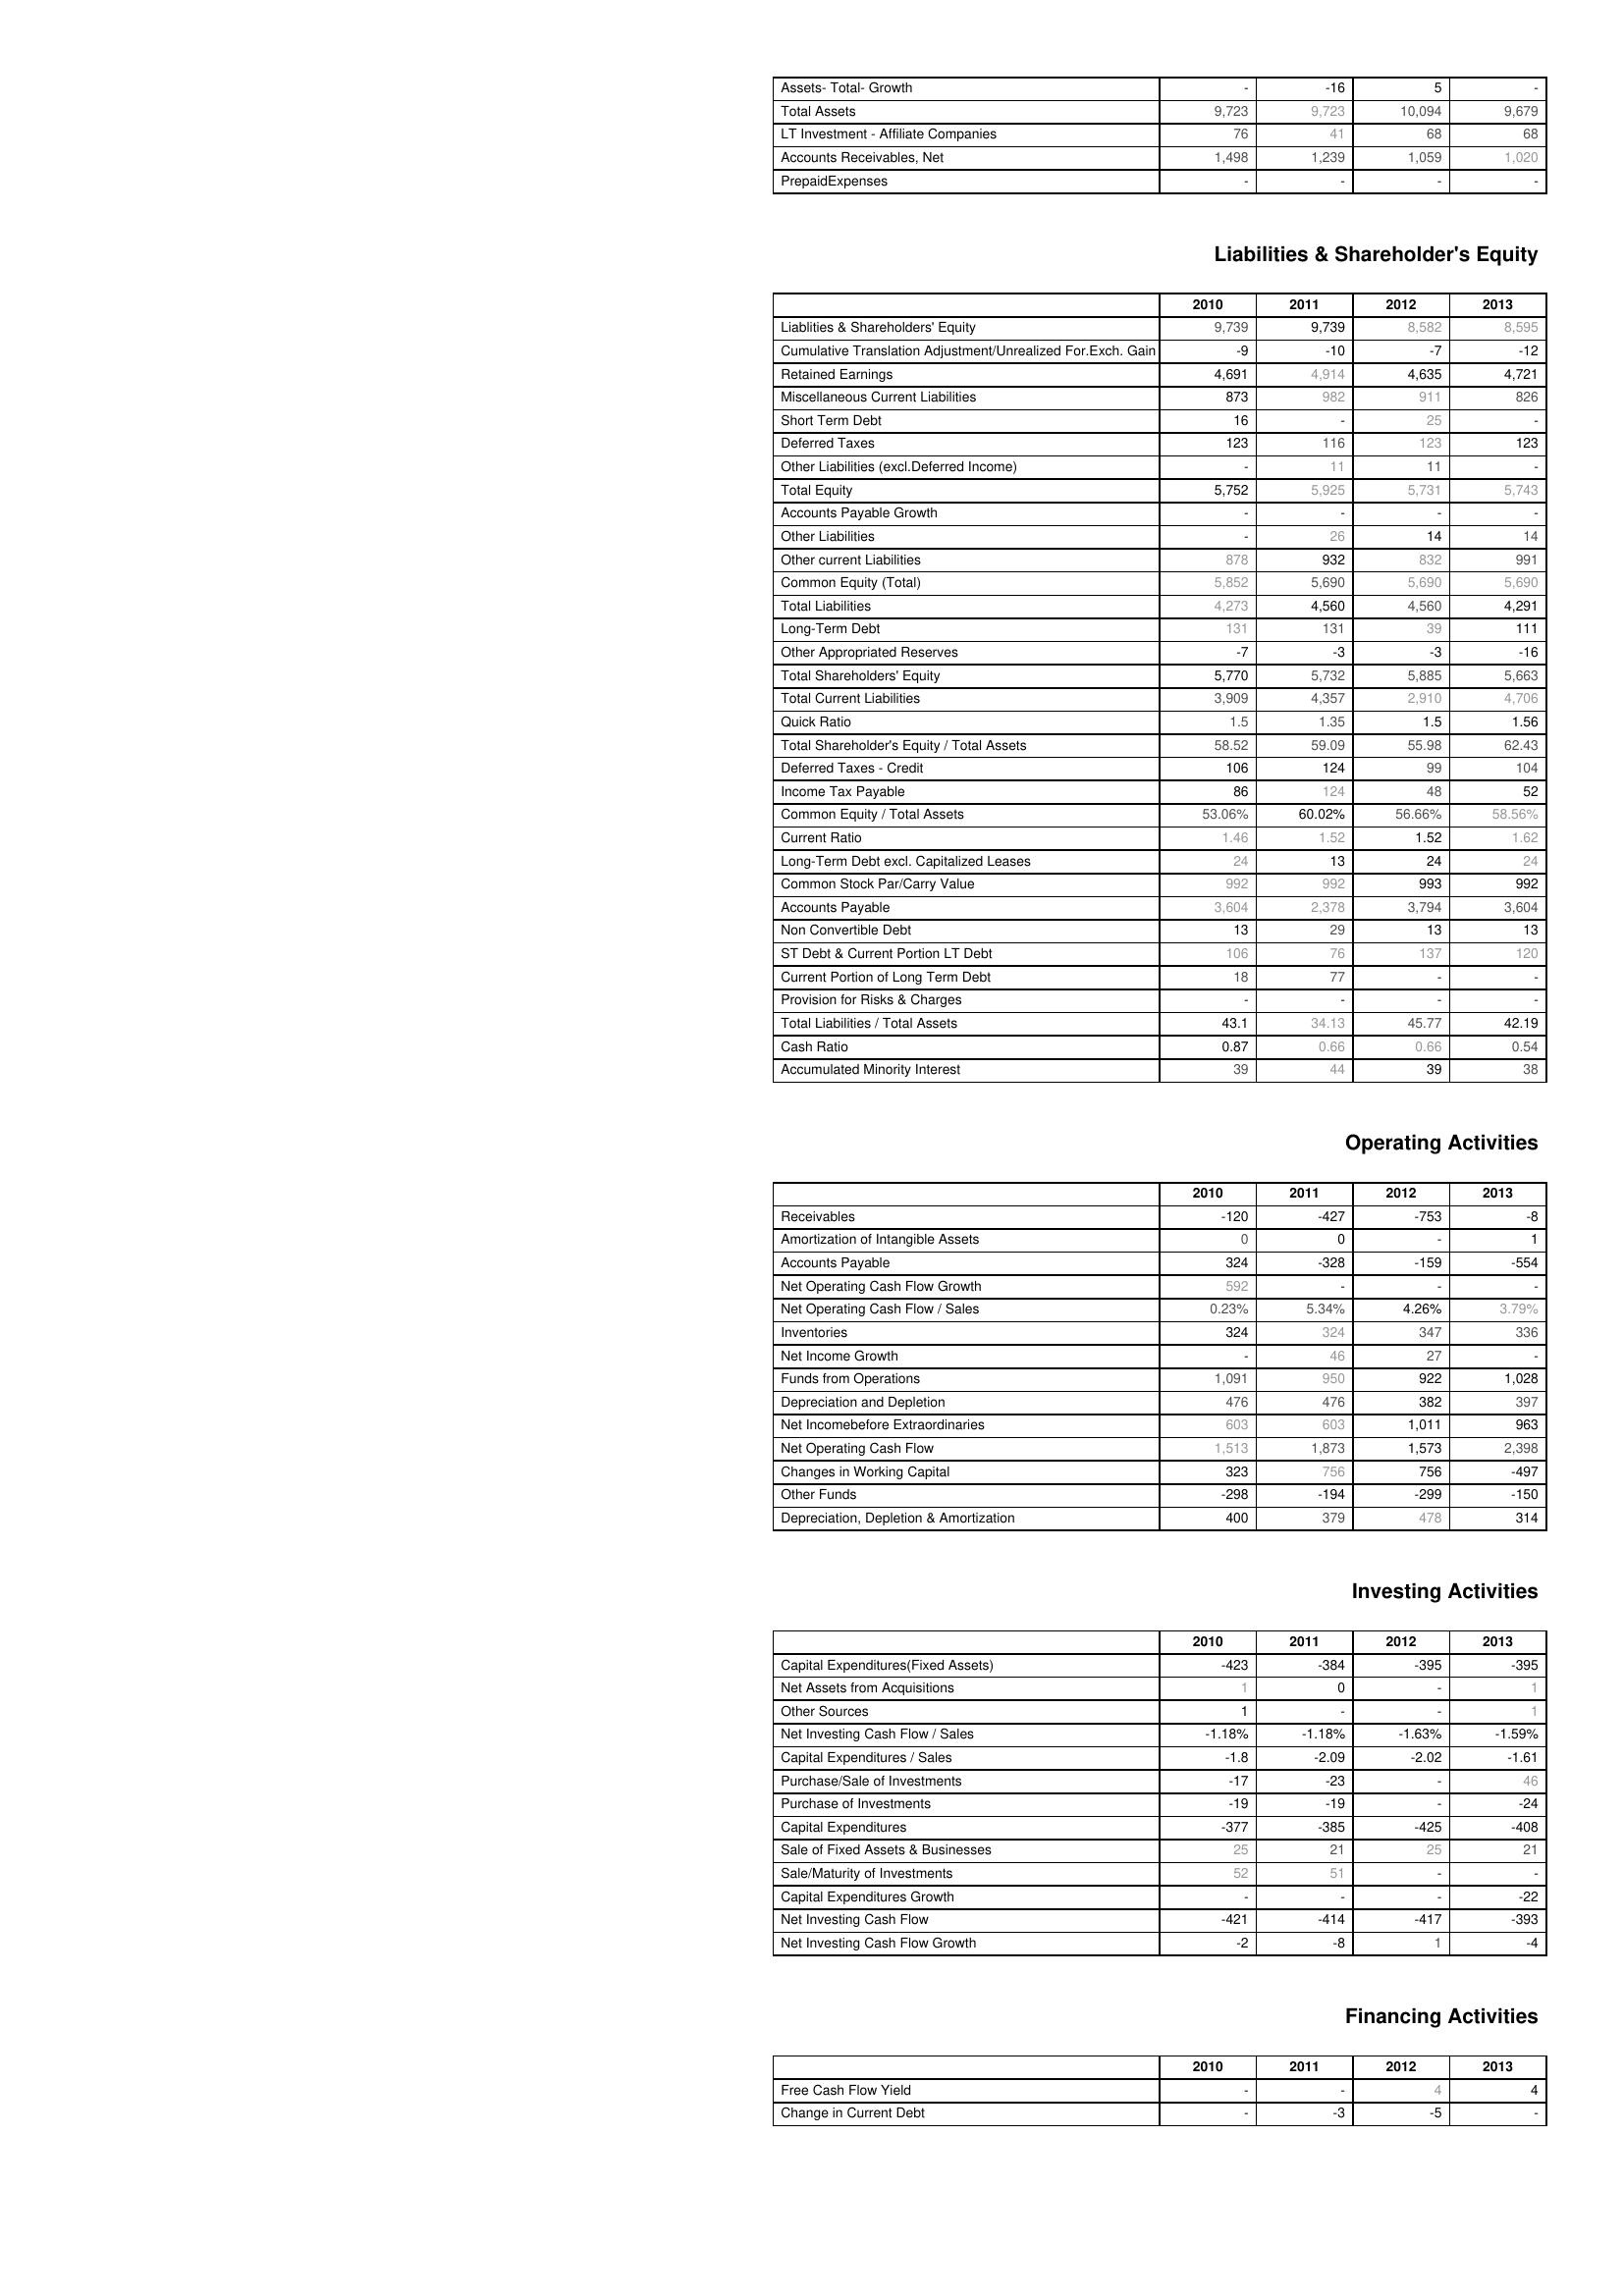
2010: Assets: Assets- Total- Growth: -
Total Assets: 9,723
LT Investment - Affiliate Companies: 76
Accounts Receivables, Net: 1,498
PrepaidExpenses: -
Liabilities & Shareholder's Equity: Liablities & Shareholders' Equity: 9,739
Cumulative Translation Adjustment/Unrealized For.Exch. Gain: -9
Retained Earnings: 4,691
Miscellaneous Current Liabilities: 873
Short Term Debt: 16
Deferred Taxes: 123
Other Liabilities (excl.Deferred Income): -
Total Equity: 5,752
Accounts Payable Growth: -
Other Liabilities: -
Other current Liabilities: 878
Common Equity (Total): 5,852
Total Liabilities: 4,273
Long-Term Debt: 131
Other Appropriated Reserves: -7
Total Shareholders' Equity: 5,770
Total Current Liabilities: 3,909
Quick Ratio: 1.5
Total Shareholder's Equity / Total Assets: 58.52
Deferred Taxes - Credit: 106
Income Tax Payable: 86
Common Equity / Total Assets: 53.06%
Current Ratio: 1.46
Long-Term Debt excl. Capitalized Leases: 24
Common Stock Par/Carry Value: 992
Accounts Payable: 3,604
Non Convertible Debt: 13
ST Debt & Current Portion LT Debt: 106
Current Portion of Long Term Debt: 18
Provision for Risks & Charges: -
Total Liabilities / Total Assets: 43.1
Cash Ratio: 0.87
Accumulated Minority Interest: 39
Operating Activities: Receivables: -120
Amortization of Intangible Assets: 0
Accounts Payable: 324
Net Operating Cash Flow Growth: 592
Net Operating Cash Flow / Sales: 0.23%
Inventories: 324
Net Income Growth: -
Funds from Operations: 1,091
Depreciation and Depletion: 476
Net Incomebefore Extraordinaries: 603
Net Operating Cash Flow: 1,513
Changes in Working Capital: 323
Other Funds: -298
Depreciation, Depletion & Amortization: 400
Investing Activities: Capital Expenditures(Fixed Assets): -423
Net Assets from Acquisitions: 1
Other Sources: 1
Net Investing Cash Flow / Sales: -1.18%
Capital Expenditures / Sales: -1.8
Purchase/Sale of Investments: -17
Purchase of Investments: -19
Capital Expenditures: -377
Sale of Fixed Assets & Businesses: 25
Sale/Maturity of Investments: 52
Capital Expenditures Growth: -
Net Investing Cash Flow: -421
Net Investing Cash Flow Growth: -2
Financing Activities: Free Cash Flow Yield: -
Change in Current Debt: -
2011: Assets: Assets- Total- Growth: -16
Total Assets: 9,723
LT Investment - Affiliate Companies: 41
Accounts Receivables, Net: 1,239
PrepaidExpenses: -
Liabilities & Shareholder's Equity: Liablities & Shareholders' Equity: 9,739
Cumulative Translation Adjustment/Unrealized For.Exch. Gain: -10
Retained Earnings: 4,914
Miscellaneous Current Liabilities: 982
Short Term Debt: -
Deferred Taxes: 116
Other Liabilities (excl.Deferred Income): 11
Total Equity: 5,925
Accounts Payable Growth: -
Other Liabilities: 26
Other current Liabilities: 932
Common Equity (Total): 5,690
Total Liabilities: 4,560
Long-Term Debt: 131
Other Appropriated Reserves: -3
Total Shareholders' Equity: 5,732
Total Current Liabilities: 4,357
Quick Ratio: 1.35
Total Shareholder's Equity / Total Assets: 59.09
Deferred Taxes - Credit: 124
Income Tax Payable: 124
Common Equity / Total Assets: 60.02%
Current Ratio: 1.52
Long-Term Debt excl. Capitalized Leases: 13
Common Stock Par/Carry Value: 992
Accounts Payable: 2,378
Non Convertible Debt: 29
ST Debt & Current Portion LT Debt: 76
Current Portion of Long Term Debt: 77
Provision for Risks & Charges: -
Total Liabilities / Total Assets: 34.13
Cash Ratio: 0.66
Accumulated Minority Interest: 44
Operating Activities: Receivables: -427
Amortization of Intangible Assets: 0
Accounts Payable: -328
Net Operating Cash Flow Growth: -
Net Operating Cash Flow / Sales: 5.34%
Inventories: 324
Net Income Growth: 46
Funds from Operations: 950
Depreciation and Depletion: 476
Net Incomebefore Extraordinaries: 603
Net Operating Cash Flow: 1,873
Changes in Working Capital: 756
Other Funds: -194
Depreciation, Depletion & Amortization: 379
Investing Activities: Capital Expenditures(Fixed Assets): -384
Net Assets from Acquisitions: 0
Other Sources: -
Net Investing Cash Flow / Sales: -1.18%
Capital Expenditures / Sales: -2.09
Purchase/Sale of Investments: -23
Purchase of Investments: -19
Capital Expenditures: -385
Sale of Fixed Assets & Businesses: 21
Sale/Maturity of Investments: 51
Capital Expenditures Growth: -
Net Investing Cash Flow: -414
Net Investing Cash Flow Growth: -8
Financing Activities: Free Cash Flow Yield: -
Change in Current Debt: -3
2012: Assets: Assets- Total- Growth: 5
Total Assets: 10,094
LT Investment - Affiliate Companies: 68
Accounts Receivables, Net: 1,059
PrepaidExpenses: -
Liabilities & Shareholder's Equity: Liablities & Shareholders' Equity: 8,582
Cumulative Translation Adjustment/Unrealized For.Exch. Gain: -7
Retained Earnings: 4,635
Miscellaneous Current Liabilities: 911
Short Term Debt: 25
Deferred Taxes: 123
Other Liabilities (excl.Deferred Income): 11
Total Equity: 5,731
Accounts Payable Growth: -
Other Liabilities: 14
Other current Liabilities: 832
Common Equity (Total): 5,690
Total Liabilities: 4,560
Long-Term Debt: 39
Other Appropriated Reserves: -3
Total Shareholders' Equity: 5,885
Total Current Liabilities: 2,910
Quick Ratio: 1.5
Total Shareholder's Equity / Total Assets: 55.98
Deferred Taxes - Credit: 99
Income Tax Payable: 48
Common Equity / Total Assets: 56.66%
Current Ratio: 1.52
Long-Term Debt excl. Capitalized Leases: 24
Common Stock Par/Carry Value: 993
Accounts Payable: 3,794
Non Convertible Debt: 13
ST Debt & Current Portion LT Debt: 137
Current Portion of Long Term Debt: -
Provision for Risks & Charges: -
Total Liabilities / Total Assets: 45.77
Cash Ratio: 0.66
Accumulated Minority Interest: 39
Operating Activities: Receivables: -753
Amortization of Intangible Assets: -
Accounts Payable: -159
Net Operating Cash Flow Growth: -
Net Operating Cash Flow / Sales: 4.26%
Inventories: 347
Net Income Growth: 27
Funds from Operations: 922
Depreciation and Depletion: 382
Net Incomebefore Extraordinaries: 1,011
Net Operating Cash Flow: 1,573
Changes in Working Capital: 756
Other Funds: -299
Depreciation, Depletion & Amortization: 478
Investing Activities: Capital Expenditures(Fixed Assets): -395
Net Assets from Acquisitions: -
Other Sources: -
Net Investing Cash Flow / Sales: -1.63%
Capital Expenditures / Sales: -2.02
Purchase/Sale of Investments: -
Purchase of Investments: -
Capital Expenditures: -425
Sale of Fixed Assets & Businesses: 25
Sale/Maturity of Investments: -
Capital Expenditures Growth: -
Net Investing Cash Flow: -417
Net Investing Cash Flow Growth: 1
Financing Activities: Free Cash Flow Yield: 4
Change in Current Debt: -5
2013: Assets: Assets- Total- Growth: -
Total Assets: 9,679
LT Investment - Affiliate Companies: 68
Accounts Receivables, Net: 1,020
PrepaidExpenses: -
Liabilities & Shareholder's Equity: Liablities & Shareholders' Equity: 8,595
Cumulative Translation Adjustment/Unrealized For.Exch. Gain: -12
Retained Earnings: 4,721
Miscellaneous Current Liabilities: 826
Short Term Debt: -
Deferred Taxes: 123
Other Liabilities (excl.Deferred Income): -
Total Equity: 5,743
Accounts Payable Growth: -
Other Liabilities: 14
Other current Liabilities: 991
Common Equity (Total): 5,690
Total Liabilities: 4,291
Long-Term Debt: 111
Other Appropriated Reserves: -16
Total Shareholders' Equity: 5,663
Total Current Liabilities: 4,706
Quick Ratio: 1.56
Total Shareholder's Equity / Total Assets: 62.43
Deferred Taxes - Credit: 104
Income Tax Payable: 52
Common Equity / Total Assets: 58.56%
Current Ratio: 1.62
Long-Term Debt excl. Capitalized Leases: 24
Common Stock Par/Carry Value: 992
Accounts Payable: 3,604
Non Convertible Debt: 13
ST Debt & Current Portion LT Debt: 120
Current Portion of Long Term Debt: -
Provision for Risks & Charges: -
Total Liabilities / Total Assets: 42.19
Cash Ratio: 0.54
Accumulated Minority Interest: 38
Operating Activities: Receivables: -8
Amortization of Intangible Assets: 1
Accounts Payable: -554
Net Operating Cash Flow Growth: -
Net Operating Cash Flow / Sales: 3.79%
Inventories: 336
Net Income Growth: -
Funds from Operations: 1,028
Depreciation and Depletion: 397
Net Incomebefore Extraordinaries: 963
Net Operating Cash Flow: 2,398
Changes in Working Capital: -497
Other Funds: -150
Depreciation, Depletion & Amortization: 314
Investing Activities: Capital Expenditures(Fixed Assets): -395
Net Assets from Acquisitions: 1
Other Sources: 1
Net Investing Cash Flow / Sales: -1.59%
Capital Expenditures / Sales: -1.61
Purchase/Sale of Investments: 46
Purchase of Investments: -24
Capital Expenditures: -408
Sale of Fixed Assets & Businesses: 21
Sale/Maturity of Investments: -
Capital Expenditures Growth: -22
Net Investing Cash Flow: -393
Net Investing Cash Flow Growth: -4
Financing Activities: Free Cash Flow Yield: 4
Change in Current Debt: -